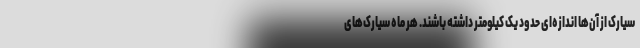
سیارک از آن‌ها اندازه‌ای حدود یک کیلومتر داشته باشند. هر ماه سیارک‌های